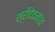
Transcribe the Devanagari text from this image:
श्रीदेवनाथ